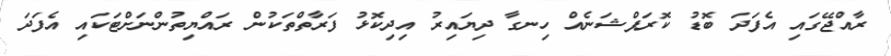
ރާއްޖޭގައި އެފަދަ ބޮޑު ކޮރަޕްޝަނެއް ހިނގާ ދިޔައިރު އިދިކޮޅު ފަރާތްތަކުން ރައްޔިތުންނަށްޓަކައި އެފަދަ